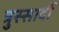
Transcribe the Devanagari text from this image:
त्रुस्सार्दी